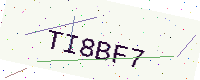
Text: TI8BF7